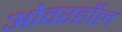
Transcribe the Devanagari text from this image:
ओवरहॉल